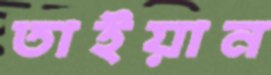
তাইয়ান